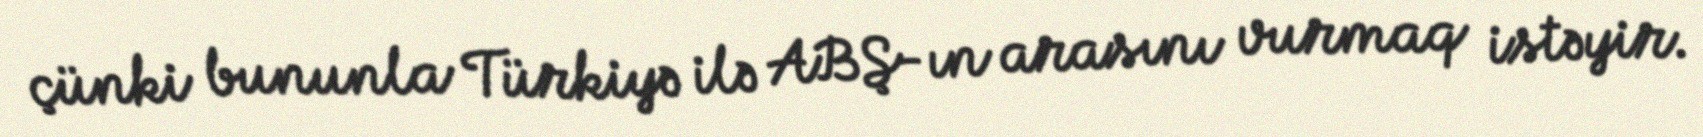
çünki bununla Türkiyə ilə ABŞ-ın arasını vurmaq istəyir.